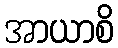
အာယာစိ